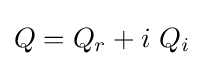
Q=Q_{r}+i~Q_{i}